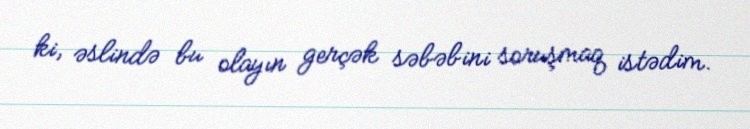
ki, əslində bu olayın gerçək səbəbini soruşmaq istədim.